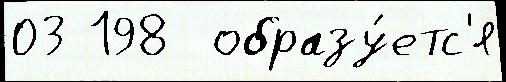
03 198  образу́етс'я